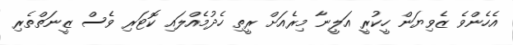
އެހެންވެ ޒެވިޔަން ހީކުރީ އަލީނާ މިރެއަށް ރީތި ހެދުމެއްލައި ކޮޓަރި ވެސް ޒީނަތްތެރި